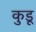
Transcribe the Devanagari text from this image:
कुडू